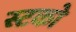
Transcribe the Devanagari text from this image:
स्टको